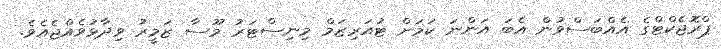
ޕްރޮޖެކްޓްގެ އެއްބަސްވުން އެބަ އަންނަ ކަމަށް ޓުއަރިޒަމް މިނިސްޓަރު މޫސާ ޒަމީރު ވިދާޅުވެއްޖެއެވެ.